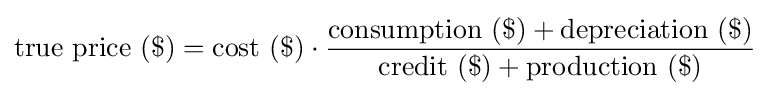
{\text{true price }}(\$)={\text{cost }}(\$)\cdot {\dfrac {{\text{consumption }}(\$)+{\text{depreciation }}(\$)}{{\text{credit }}(\$)+{\text{production }}(\$)}}